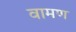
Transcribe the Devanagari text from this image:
वामण